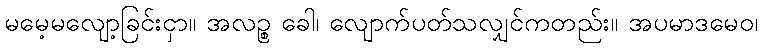
မမေ့မလျော့ခြင်းငှာ။ အလဉ္စ ခေါ၊ လျောက်ပတ်သလျှင်ကတည်း။ အပမာဒမေဝ၊